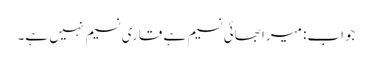
جواب: میرا بھائی نسیم ہے قاری نسیم نہیں ہے۔